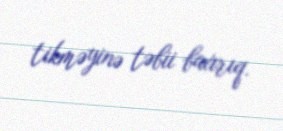
tikməyinə təbii baxırıq.